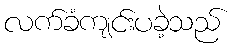
လက်ခံကျင်းပခဲ့သည်